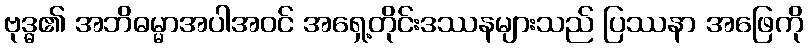
ဗုဒ္ဓ၏ အဘိဓမ္မာအပါအဝင် အရှေ့တိုင်းဒဿနများသည် ပြဿနာ အဖြေကို